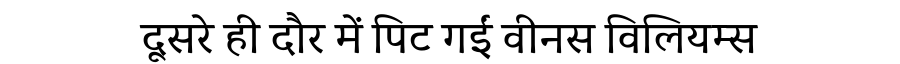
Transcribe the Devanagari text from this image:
दूसरे ही दौर में पिट गईं वीनस विलियम्स